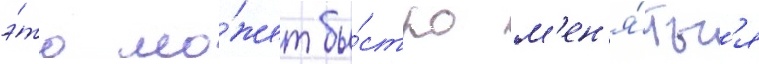
э́то мо́жет бы́стро м'ен'я́тьс'я